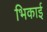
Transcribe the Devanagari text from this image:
भिकाई